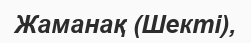
Жаманақ (Шекті),